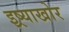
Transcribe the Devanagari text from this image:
इष्र्याखोर